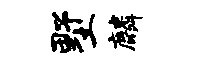
墅麟